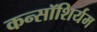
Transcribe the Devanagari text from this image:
कन्सॉशिर्यम